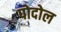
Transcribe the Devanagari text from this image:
पोदोल